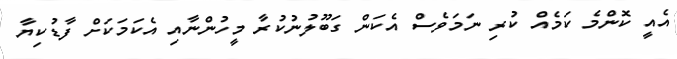
އެއީ ކޮންމެ ކަމެއް ކުރި ނަމަވެސް އެކަން ގަބޫލުނުކުރާ މީހުންނާއި އެކަމަކަށް ފާޑުކިޔާ